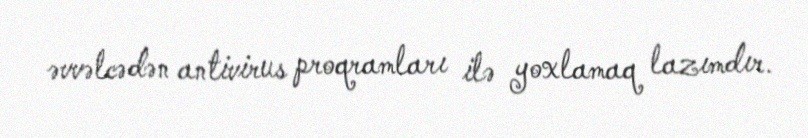
əvvəlcədən antivirus proqramları ilə yoxlamaq lazımdır.